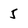
Character: 5